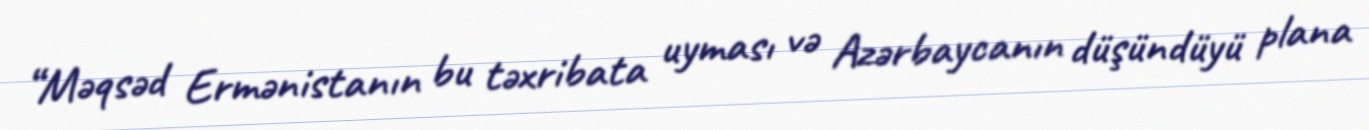
“Məqsəd Ermənistanın bu təxribata uyması və Azərbaycanın düşündüyü plana